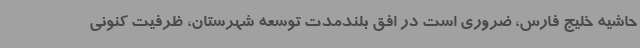
حاشیه خلیج فارس، ضروری است در افق بلندمدت توسعه شهرستان، ظرفیت کنونی